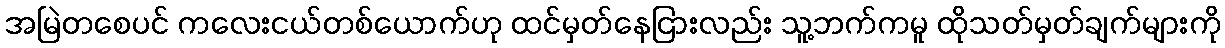
အမြဲတစေပင် ကလေးငယ်တစ်ယောက်ဟု ထင်မှတ်နေငြားလည်း သူ့ဘက်ကမူ ထိုသတ်မှတ်ချက်များကို